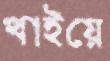
খাইয়ে